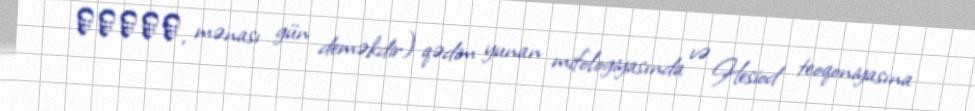
Ήμέρα, mənası gün deməkdir) qədim yunan mifologiyasında və Hesiod teoqoniyasına